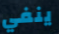
ينفي